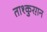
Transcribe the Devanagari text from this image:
ताश्कुरग़न